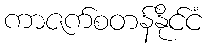
ကာဇက်စတန်နိုင်ငံ